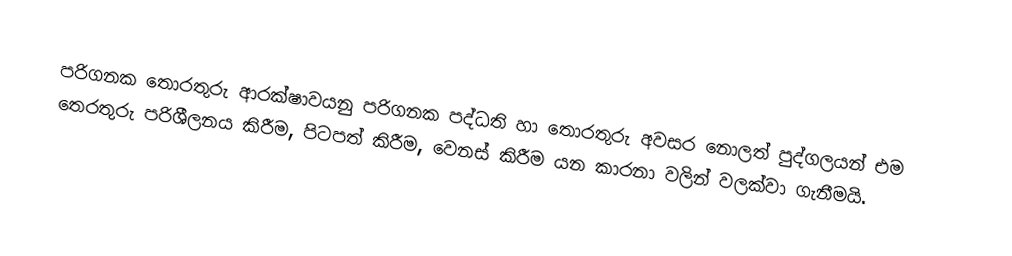
පරිගනක තොරතුරු ආරක්ෂාවයනු පරිගනක පද්ධති හා තොරතුරු අවසර නොලත් පුද්ගලයන් එම තෙරතුරු පරිශීලනය කිරීම, පිටපත් කිරීම, වෙනස් කිරීම යන කාරනා වලින් වලක්වා ගැනීමයි.